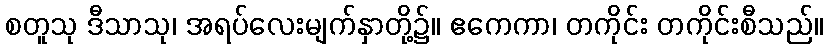
စတူသု ဒီသာသု၊ အရပ်လေးမျက်နှာတို့၌။ ဧကေကာ၊ တကိုင်း တကိုင်းစီသည်။